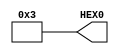
module sevenb(HEX0); //b
output [6:0] HEX0;

assign HEX0[0] = 1;
assign HEX0[1] = 1;
assign HEX0[2] = 0;
assign HEX0[3] = 0;
assign HEX0[4] = 0;
assign HEX0[5] = 0;
assign HEX0[6] = 0;

endmodule//7:33 PM 30-Mar-18